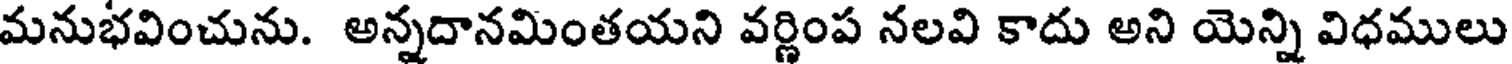
మనుభవించును. అన్నదానమింతయని వర్ణింప నలవి కాదు అని యెన్ని విధములు